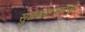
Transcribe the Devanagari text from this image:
सुळक्यासारखे